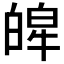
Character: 𤾎